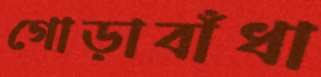
গোড়াবাঁধা